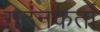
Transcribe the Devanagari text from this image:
गठनकर्ता